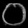
Digit: ၀